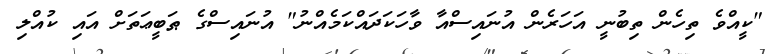
"ކީއްވެ ތިހެން ތިބުނީ އަހަރެން އުނައިސްއާ ވާހަކަދައްކަމެއްނު" އުނައިސްގެ ޠަބީޢަތަށް އައި ކުއްލި